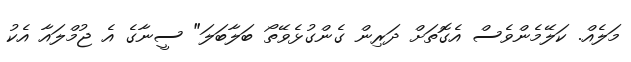
މަލެއް. ކަލޭމެންވެސް އެގޮތަށް ދަރިން ގެންގުޅެވޭތޯ ބަލާބަލަ" ސީނާގެ އެ ޖުމްލައާ އެކު